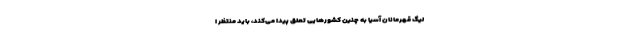
لیگ قهرمانان آسیا به چنین کشورهایی تعلق پیدا می‌کند، باید منتظر ا